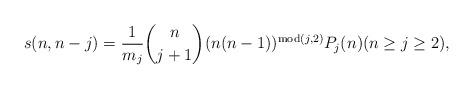
LaTeX: \begin{align*}s(n,n-j)=\frac{1}{m_{j}}\binom{n}{j+1}(n(n-1))^{\mathop{\rm mod}\nolimits(j,2)}P_{j}(n)(n\geq j\geq 2), \end{align*}